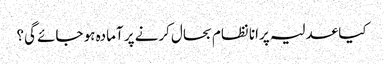
کیا عدلیہ پرانا نظام بحال کرنے پر آمادہ ہو جائے گی؟